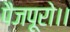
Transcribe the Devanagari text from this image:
पैजपूरो।।